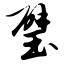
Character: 璧